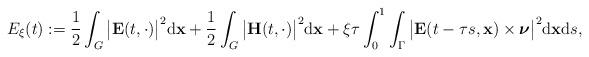
LaTeX: \begin{align*} E_\xi(t) := \frac{1}{2} \int_{G} \big|\mathbf{E}(t, \cdot)\big|^{2} \mathrm{d}\mathbf{x} + \frac{1}{2} \int_{G} \big|\mathbf{H}(t, \cdot)\big|^{2} \mathrm{d}\mathbf{x} + \xi \tau \int_{0}^{1} \int_{\Gamma} \big|\mathbf{E}(t - \tau s, \mathbf{x}) \times \boldsymbol{\nu}\big|^{2} \mathrm{d}\mathbf{x} \mathrm{d}s, \end{align*}